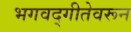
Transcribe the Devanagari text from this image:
भगवद्गीतेवरून